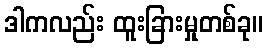
ဒါကလည်း ထူးခြားမှုတစ်ခု။